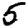
Digit: 5